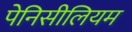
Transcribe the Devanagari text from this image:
पेनिसीलियम